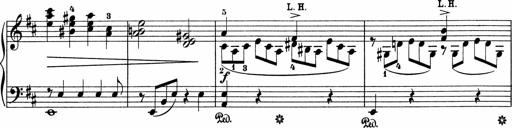
Title: 5 Sonatinen fÃ¼r die Jugend
Composer: Carl Reinecke